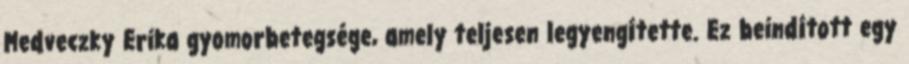
Medveczky Erika gyomorbetegsége, amely teljesen legyengítette. Ez beindított egy